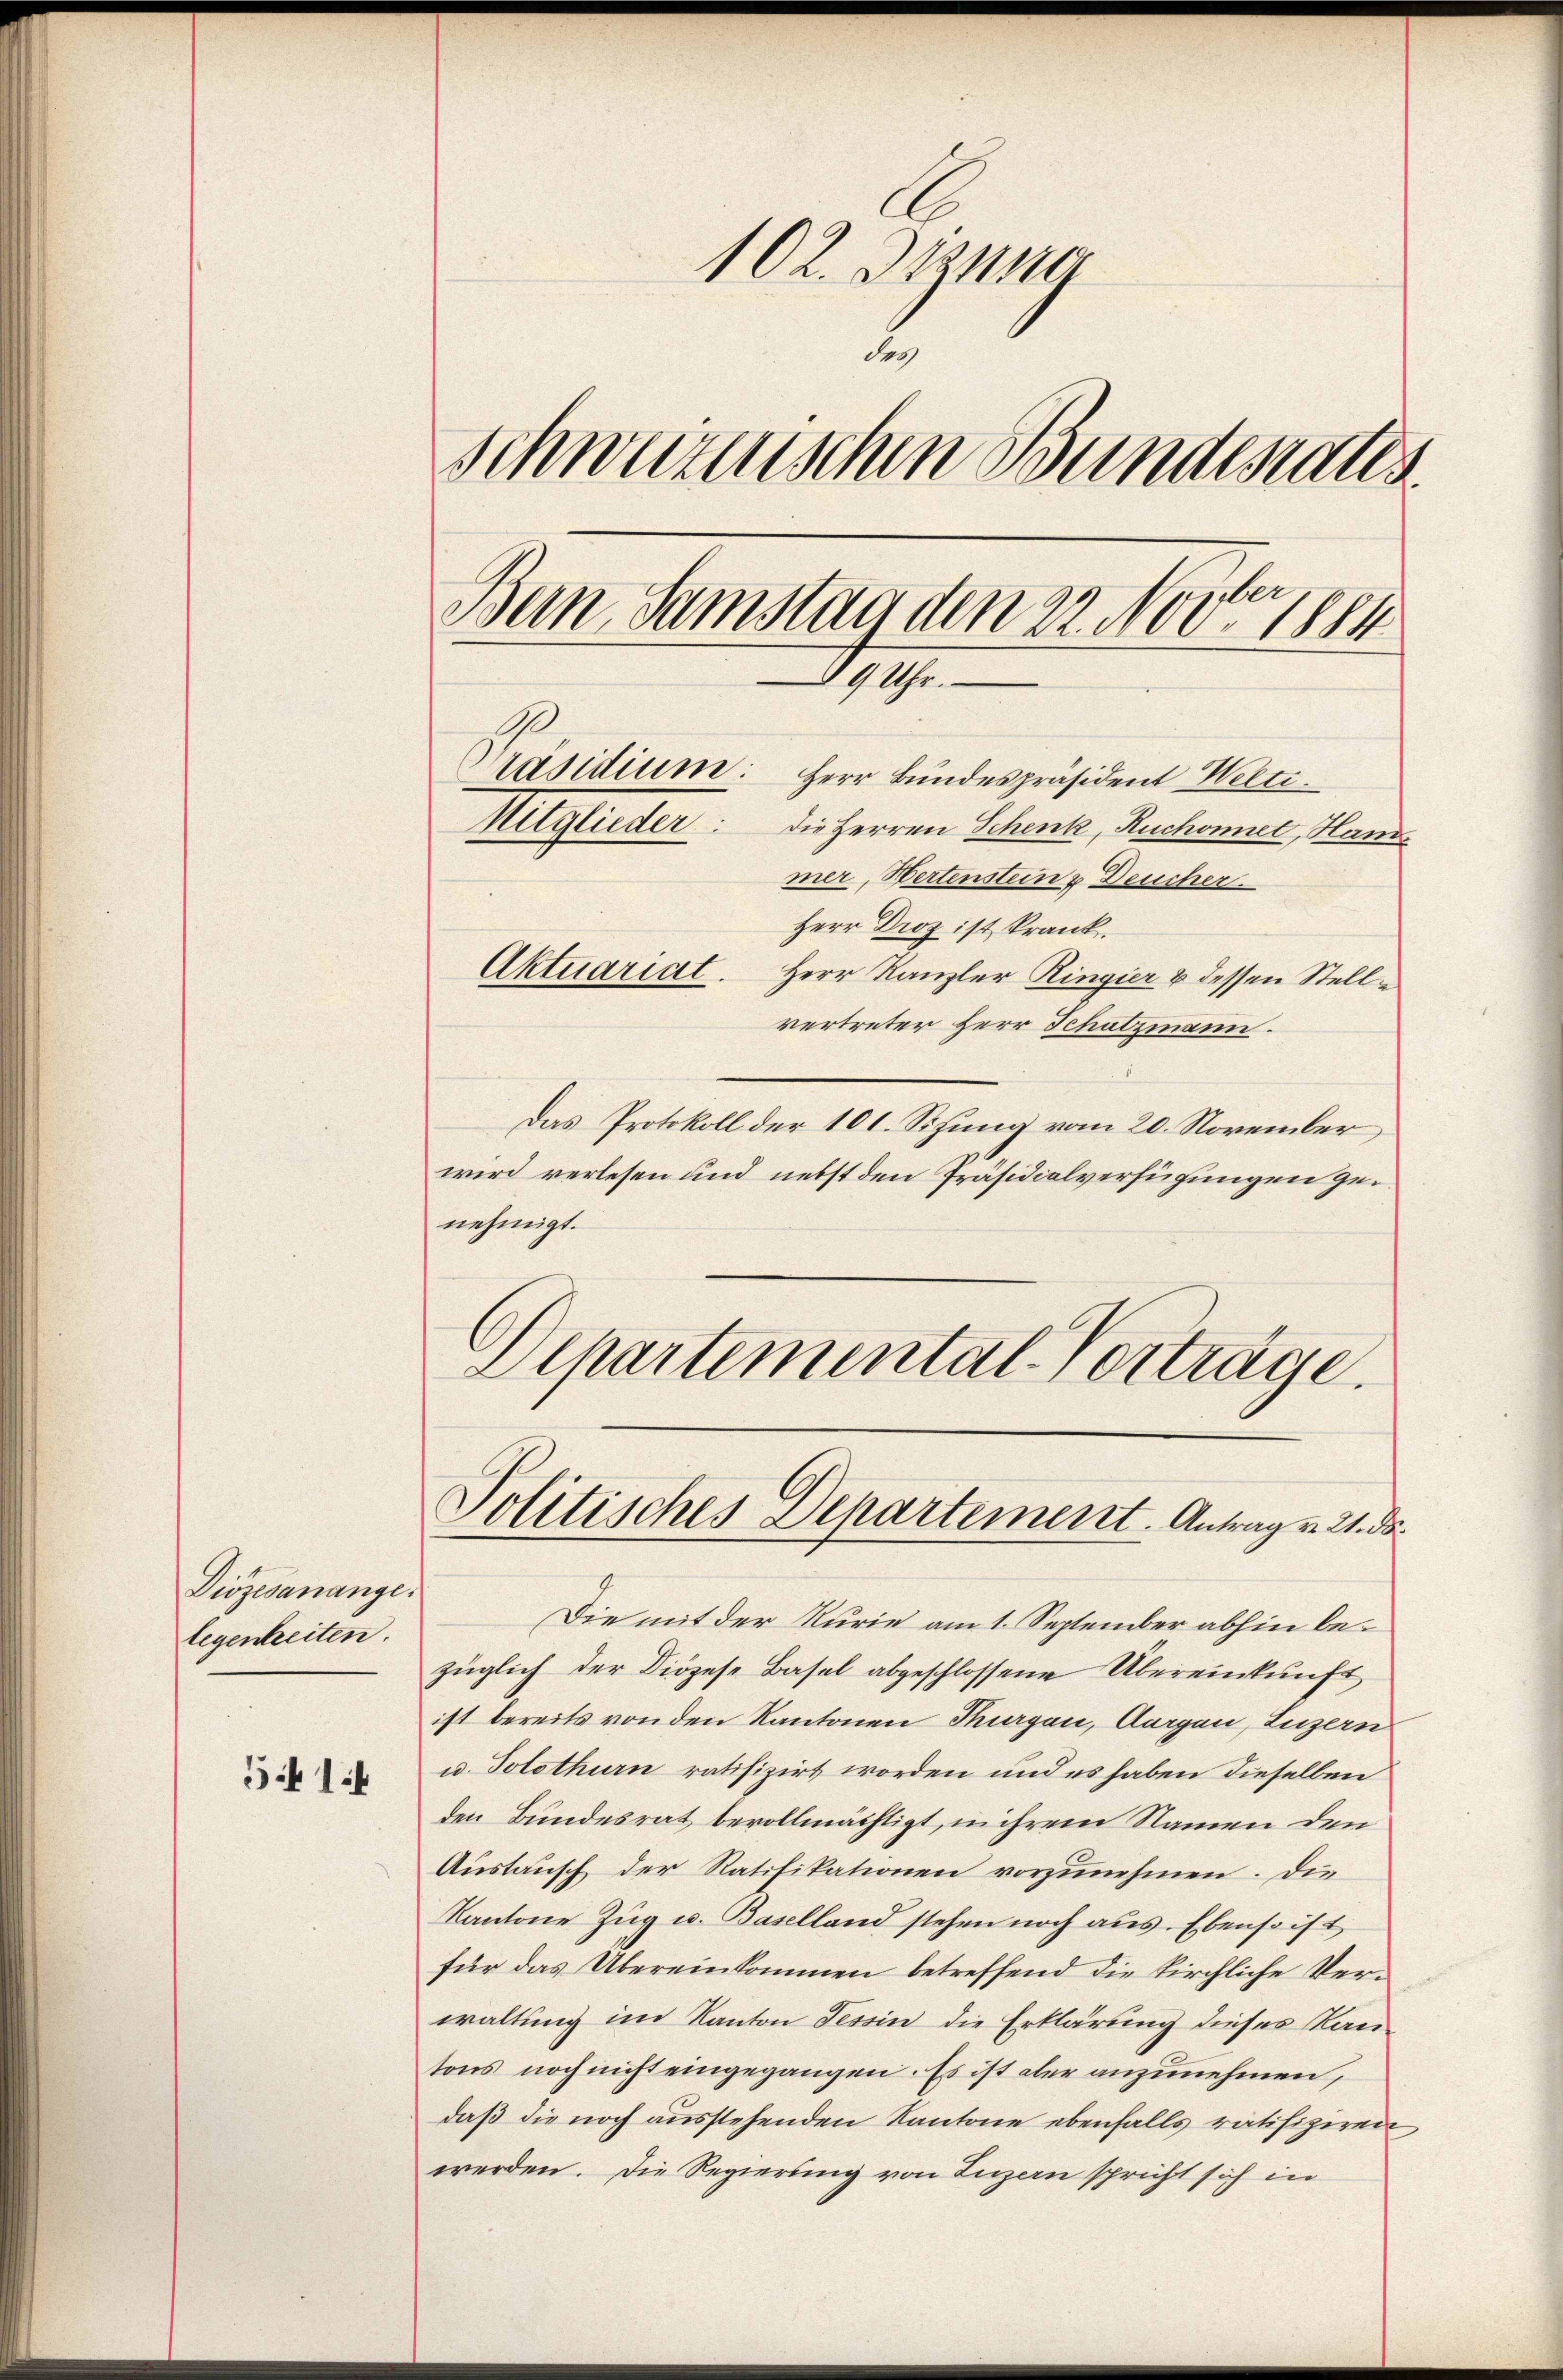
Diözesanange.
legenheiten.

514

102. Jung
2
Schweizerischen Bunderates
e
Bern, Samstag den 22. Nov. 1884
9 Uhr.
Präsidium:
Herr Bundespräsident Welti.
Mitglieder: die Herren Schenk, Ruchonier, Han
mer, Hertenstein u Deucher.
Herr Droz ist krank.
Aktuariat. Herr Kanzler Ringier & dessen Stellvertreter Herr Schatzmann.

Das Protokoll der 101. Sizung vom 20. November
wird verlesen und nebst den Präsidialverfügungen genehmigt.
Departemental-Vorträge.

Die mit der Kurie am 1. September abhin bezüglich der Diözese Basel abgeschlossene Übereinkunft
ist bereits von den Kantonen Tagen, Aargau, Luzern
u. Solothurn ratifizirt worden und es haben dieselben
den Bundesrat bevollmächtigt, in ihrem Namen den
Austausch der Ratifikationen vorzunehmen. Die
Kantone Zŭg u. Baselland stehen noch aus. Ebenso ist
für das Übereinkommen betreffend die kirchliche Verwaltung im Kanton Tessin die Erklärung dieses Kantons noch nicht eingegangen. Es ist aber anzunehmen,
daß die noch ausstehenden Kantone ebenfalls ratifiziren
werden. Die Regierung von Luzern spricht sich in

Politisches Departement. Antrag v. 21. d.